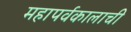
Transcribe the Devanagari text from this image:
महापर्वकालाची